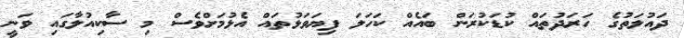
ދައުލަތުގެ ހަރަދުތައް ކުޑަކުރަން ބައެއް ކަހަލަ ފިޔަވަޅުތައް އެޅުމަށްވެސް މި ސާކިއުލާގައި ވަނީ